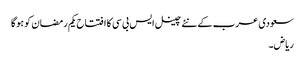
سعودی عرب کے نئے چینل ایس بی سی کا افتتاح یکم رمضان کو ہوگا
ریاض۔